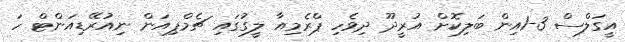
އީގަލްސް 3-1އިން ބަލިކޮށް އުރީދޫ ދިވެހި ޕްރެމިއާ ލީގުގައި ޗެމްޕިއަން ނިއުރޭޑިއަންޓް ހަ